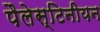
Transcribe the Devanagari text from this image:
पैलेस्टिनीयन